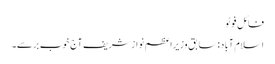
فائل فوٹو
اسلام آباد: سابق وزیراعظم نوازشریف آج خوب برسے۔